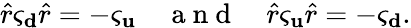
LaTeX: \hat{r}\varsigma_{\mathbf d}\hat{r}=-\varsigma_{\mathbf u}\quad\mathrm{~a~n~d~}\quad\hat{r}\varsigma_{\mathbf u}\hat{r}=-\varsigma_{\mathbf d}.